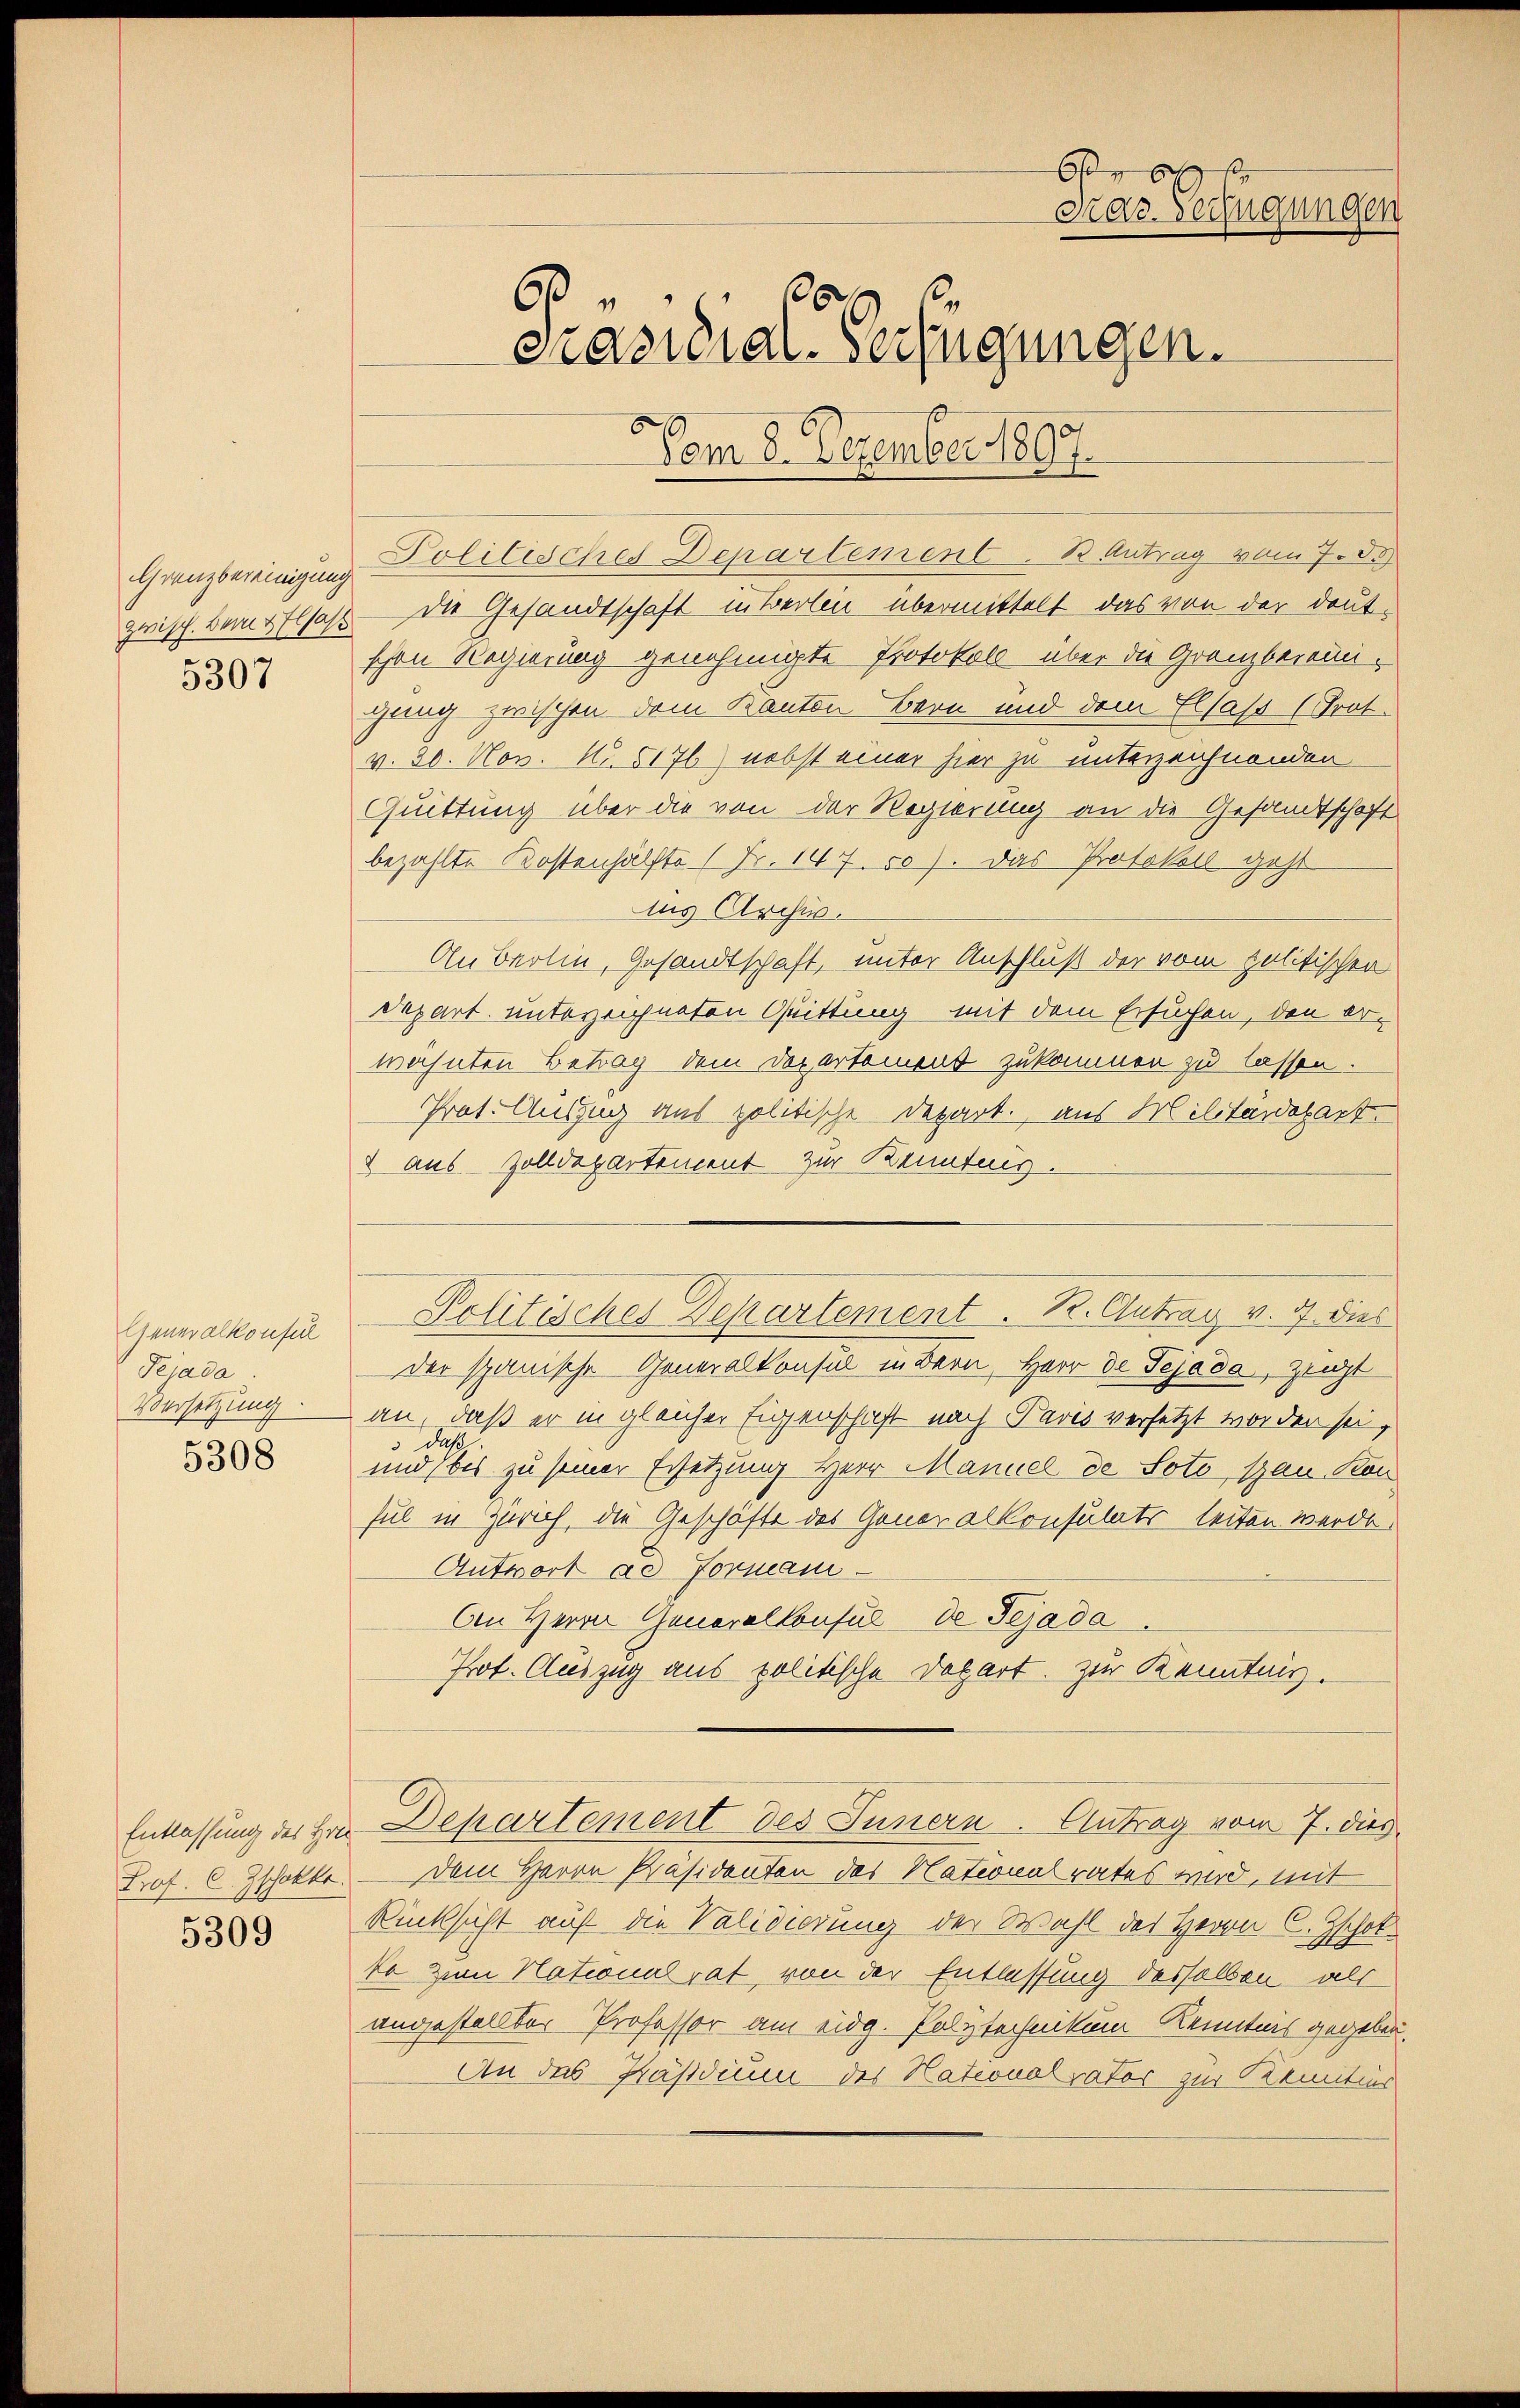
Grenzbereinigung
zwisch. Bern & Elsass

Generalkonsul
Tejada
Versetzung.

5308

Prof. C. Zschokke

5309

O
Kav. Seifügungen
6.
Präsidial-Verfügungen.
Vom 8. Dezember 1807.

Politisches Departement. B. Antrag vom 7. d.
die Gesandtschaft in Berlin übermittelt, das von der deut¬
7 schon Regierung genehmigte Protokoll über die Granzbereinigung zwischen dem Kanton Bern und dem Elsaß (Prot.
v. 30. Nov. No. 5176) nebst einer hier zu unterzeichnenden
Quittung über die von der Regierung an die Gesandtschaft
bezahlte Kostenhälfte (Fr. 147. 50). Das Protokoll geht
ius Archiv.
An Berlin, Gesandtschaft, unter Anschluß der vom politischen
Depart. unterzeichneten Quittung mit dem Ersuchen, den erwähnten Betrag dem Departement zukommen zu lassen.
Prat. Auszug aus politische Depart., aus Militärdepart.
2 aus Zolldepartement zur Kenntnig.
der spanische Generalkonsul in Bern, Herr de Tejeda, zeigt
an, daß er in gleicher Eigenschaft nach Paris versetzt worden sei,
daß
und bis zu seiner Ersetzung Herr Manuel de Soto, span. Kon
sul in Zürich, die Geschäfte des Generalkonsulats seiten werde.
Antwort ad Formani-
Aen Herrn Generalkonsul de Tejada
Prot. Auszug aus politische Depart. Zur Kenntnis.
Entlassung der Hrn. Departement des Innern. Antrag vom 7. dies
Dem Herrn Präsidenten des Nationalrates wird, mit
Rücksicht auf die Validierung der Wahl des Herrn C. Zscholko zum Nationalrat von der Entlassung desselben als
angestellter Professor am eidg. Polytechnikum Kenntnis gegeben.
An das Käsidium des Nationalrator zur Remitins

Politisches Departement. R. Antrag v. 9. dies